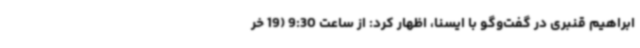
ابراهیم قنبری در گفت‌وگو با ایسنا، اظهار کرد: از ساعت 9:30 (19 خر